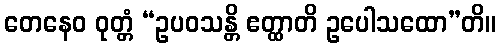
တေနေဝ ဝုတ္တံ “ဥပဝသန္တိ ဧတ္ထာတိ ဥပေါသထော”တိ။